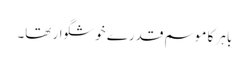
باہر کا موسم قدرے خوشگوار تھا۔